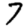
Digit: 7